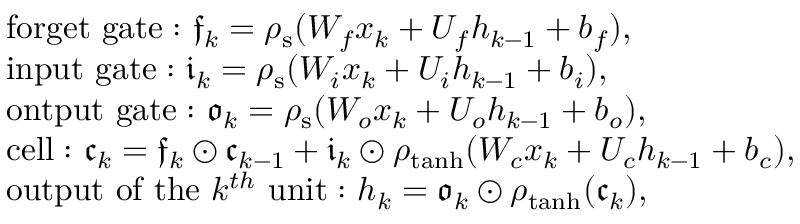
\begin{array} { r l } & { \mathrm { f o r g e t ~ g a t e : ~ } \mathfrak { f } _ { k } = \rho _ { \mathrm { s } } ( W _ { f } x _ { k } + U _ { f } h _ { k - 1 } + b _ { f } ) , } \\ & { \mathrm { i n p u t ~ g a t e : ~ } \mathfrak { i } _ { k } = \rho _ { \mathrm { s } } ( W _ { i } x _ { k } + U _ { i } h _ { k - 1 } + b _ { i } ) , } \\ & { \mathrm { o n t p u t ~ g a t e : ~ } \mathfrak { o } _ { k } = \rho _ { \mathrm { s } } ( W _ { o } x _ { k } + U _ { o } h _ { k - 1 } + b _ { o } ) , } \\ & { \mathrm { c e l l : ~ } \mathfrak { c } _ { k } = \mathfrak { f } _ { k } \odot \mathfrak { c } _ { k - 1 } + \mathfrak { i } _ { k } \odot \rho _ { \operatorname { t a n h } } ( W _ { c } x _ { k } + U _ { c } h _ { k - 1 } + b _ { c } ) , } \\ & { \mathrm { o u t p u t ~ o f ~ t h e ~ } k ^ { t h } \mathrm { ~ u n i t : ~ } h _ { k } = \mathfrak { o } _ { k } \odot \rho _ { \operatorname { t a n h } } ( \mathfrak { c } _ { k } ) , } \end{array}